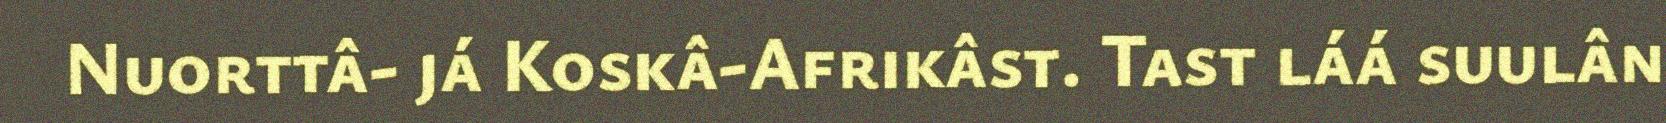
Nuorttâ- já Koskâ-Afrikâst. Tast láá suulân